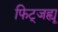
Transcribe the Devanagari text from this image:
फिट्जह्यू